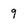
Character: 9